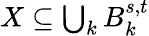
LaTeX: \textstyle X\subseteq\bigcup_{k}B_{k}^{s,t}